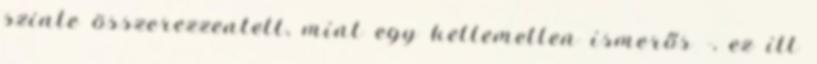
szinte összerezzentett, mint egy kellemetlen ismerős -, ez itt